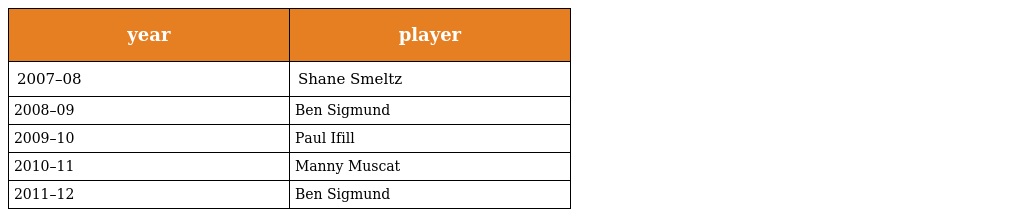
| year | player |
 | --- | --- |
 | 2007–08 | Shane Smeltz |
 | 2008–09 | Ben Sigmund |
 | 2009–10 | Paul Ifill |
 | 2010–11 | Manny Muscat |
 | 2011–12 | Ben Sigmund |